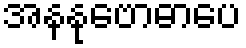
အနနုဗောဓာပေ